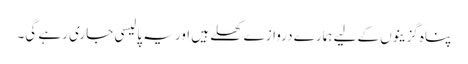
پناہ گزینوں کے لیے ہمارے دروازے کھلے ہیں اور یہ پالیسی جاری رہے گی۔